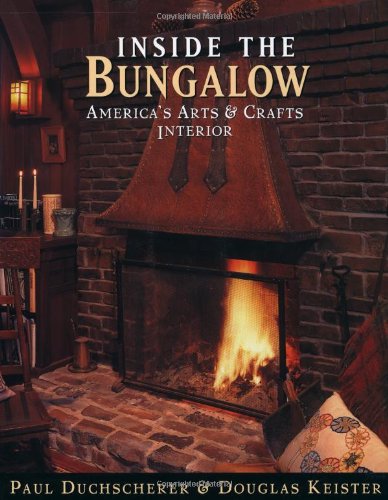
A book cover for Inside the Bungalow: America's Arts and Crafts Interior; Paul Duchscherer; Arts & Photography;